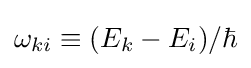
\omega _{ki}\equiv (E_{k}-E_{i})/\hbar